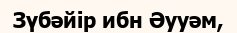
Зүбәйір ибн Әууәм,